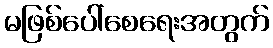
မဖြစ်ပေါ်စေရေးအတွက်